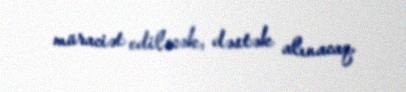
müraciət ediləcək, dəstək alınacaq.